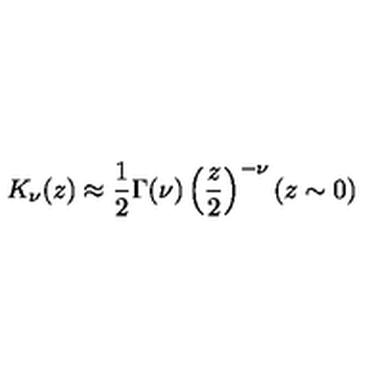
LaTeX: K _ { \nu } ( z ) \approx \frac { 1 } { 2 } \Gamma ( \nu ) \left( \frac { z } { 2 } \right) ^ { - \nu } ( z \sim 0 )